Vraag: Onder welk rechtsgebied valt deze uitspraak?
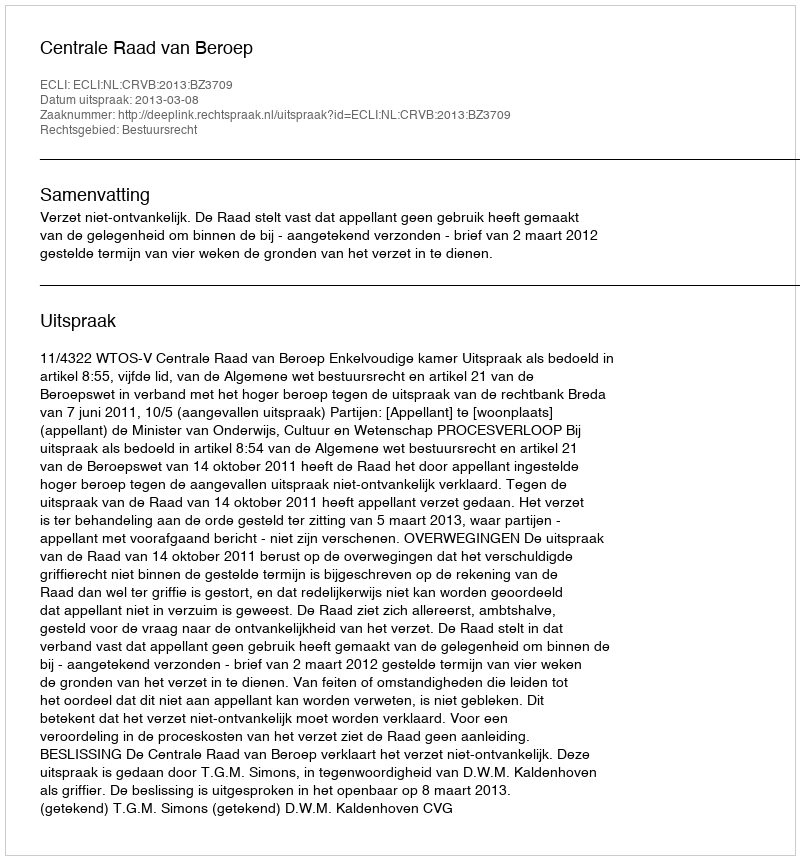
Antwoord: Bestuursrecht